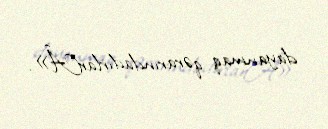
dayanmaq qərarındadırlarÂ».